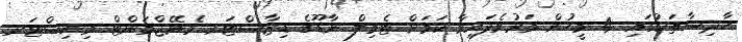
ހާދިސާތަކުގައި 4 މީހުން މަރުވެފައިވާ ކަމަށް ޓެމިލް ނާޑޫގެ ޑިޒާސްޓަރ މެނޭޖްމަންޓް މިނިސްޓަރ